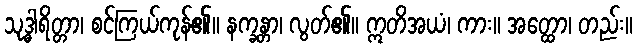
သုဒ္ဓါရိတ္တာ၊ စင်ကြယ်ကုန်၏။ နက္ခန္တာ၊ လွတ်၏။ ဣတိအယံ၊ ကား။ အတ္ထော၊ တည်း။